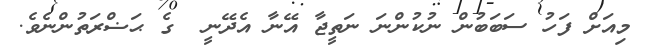
މިއަށް ފަހު ސަބަބުން ނުކުންނަ ނަތީޖާ އޭނާ އެދޭނީ  ގެ ޙަޟްރަތުންނެވެ.